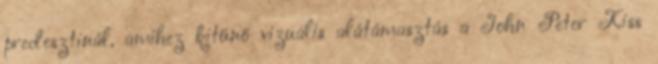
predesztinál, amihez kitűnő vizuális alátámasztás a John Peter Kiss